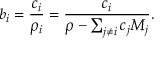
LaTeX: b _ { i } = { \frac { c _ { i } } { \rho _ { i } } } = { \frac { c _ { i } } { \rho - \sum _ { j \neq i } c _ { j } M _ { j } } } .